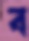
ব